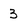
Character: 3